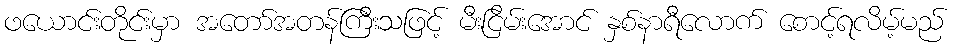
ဖယောင်းတိုင်းမှာ အတော်အတန်ကြီးသဖြင့် မီးငြိမ်းအောင် နှစ်နာရီလောက် စောင့်ရလိမ့်မည်